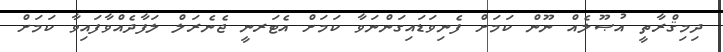
ދިމިޤްރާތީ އުޞޫލެއް ނޫން ކަމަށް ފެނިވަޑައިގަންނަވާ ކަމަށް އެޓަރނީ ޖެނެރަލް ލަފާދެއްވާފައިވާ ކަމަށް